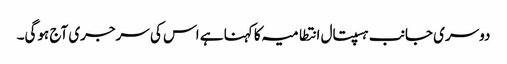
دوسری جانب ہسپتال انتطامیہ کا کہنا ہے اس کی سرجری آج ہوگی۔